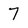
Character: 7